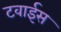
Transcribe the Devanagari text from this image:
टवाईस